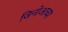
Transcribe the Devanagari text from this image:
जिनोआच्या